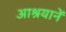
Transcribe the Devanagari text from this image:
आश्रयानें